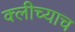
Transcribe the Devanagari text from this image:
क्लीच्याच